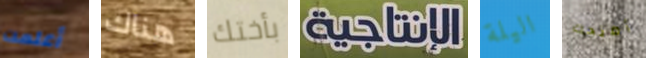
أعلمت هناك بأختك الإنتاجية اليلة أمنحك